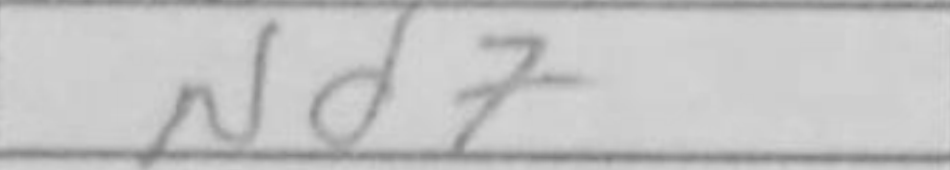
Transcription: Nd7